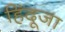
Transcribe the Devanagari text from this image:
हिंदूजा